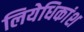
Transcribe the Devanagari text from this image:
लियेधिकांश